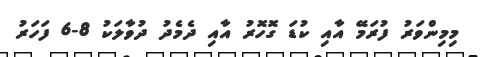
މިމިންވަރު ފުރަމޭ އާއި ކުޑަ ގޮހޮރު އާއި ދެމެދު ދުވާލަކު 8-6 ފަހަރު